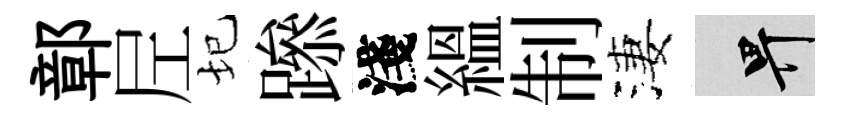
鄣𡰱圮𨅶淺緼制淒畀